Lunatic asylums Madras 1892-1911 - 1892-1911
Year: 1892
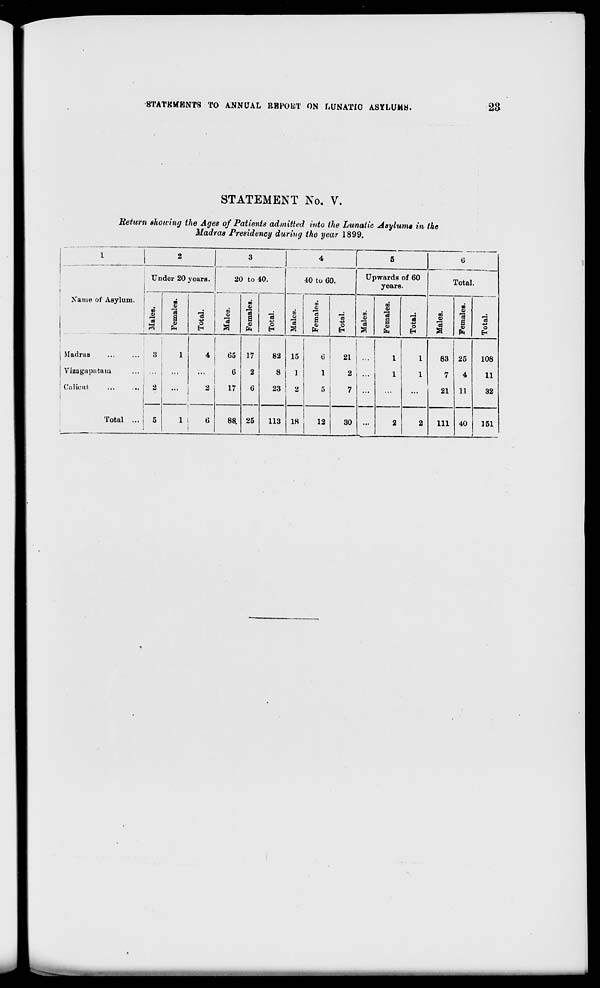
STATEMENTS TO ANNUAL REPORT ON LUNATIC ASYLUMS.
23
STATEMENT No. V.
Return showing the Ages of Patients admitted into the Lunatic Asylum* in the
Madras Presidency during the year 1899.
1 '
3
4
5
G
Name of Asylum.
Under 20 years.
20 to 40.
40 to 60.
Upwards of 60
years.
Total.
m
3
i—i
CD
OJ
a
3
ft
■u
o
H
CO
•a
01
*3
a
03
"3
c
f
1
J i
cS
j
3 I
CO
S3
B
ft
eg
■s
o
m
0)
"3
S
a
-*>
o
EH
3
CO
9
3
6
1
3
o
EH
Madras
Vizagapatam
CaKoilt
Total ...
i
3
...
2
5
1
*
2
65
6
17
17
2
G
25
82
8
23
15
1
2
6
1
5
21
2
7
...
...
1
1
1
1
83
7
21
25
4
11
108
11
32
1 1
6
i
68.
113 18
13
30
2
2
111 40
151
1